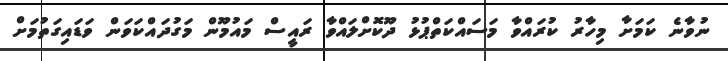
ނުވާނެ ކަމަށާ މިހާރު ކުރައްވާ މަަސައްކަތްޕުޅު ދޫކޮށްލައްވާ ރައީސް މައުމޫން މަގުދައްކަވަން ވަޑައިގަތުމަށް